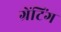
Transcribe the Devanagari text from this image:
ग्रेंटिंग